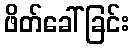
ဖိတ်ခေါ်ခြင်း